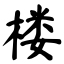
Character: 楼